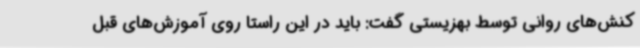
کنش‌های روانی توسط بهزیستی گفت: باید در این راستا روی آموزش‌های قبل